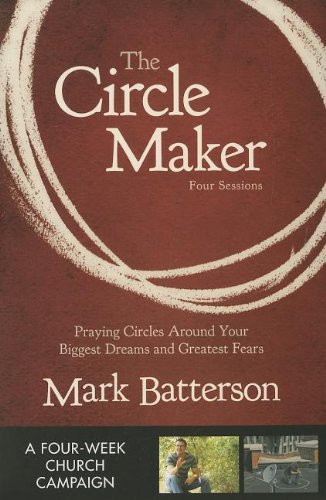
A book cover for The Circle Maker Curriculum Kit: Praying Circles Around Your Biggest Dreams and Greatest Fears; Mark Batterson; Christian Books & Bibles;